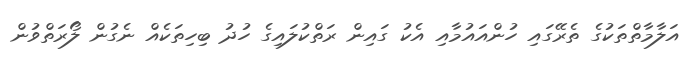
އަލާމާތްތަކުގެ ތެރޭގައި ހުންއައުމާއި އެކު ގައިން ރަތްކުލައިގެ ހުދު ބިހިތަކެއް ނެގުން ލޯރަތްވުން